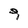
Character: 9